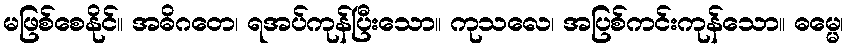
မဖြစ်စေနိုင်။ အဓိဂတေ၊ ရအပ်ကုန်ပြီးသော။ ကုသလေ၊ အပြစ်ကင်းကုန်သော။ ဓမ္မေ၊